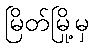
မြိတ်မြို့မှ